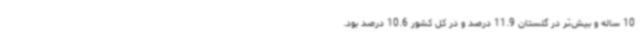
10 ساله و بیش‌تر در گلستان 11.9 درصد و در کل کشور 10.6 درصد بود.